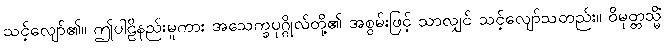
သင့်လျော်၏။ ဤပါဠိနည်းမူကား အသေက္ခပုဂ္ဂိုလ်တို့၏ အစွမ်းဖြင့် သာလျှင် သင့်လျော်သတည်း။ ဝိမုတ္တသ္မိံ